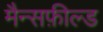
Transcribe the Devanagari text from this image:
मैन्सफ़ील्ड